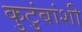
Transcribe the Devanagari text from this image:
कुटुंबांशी